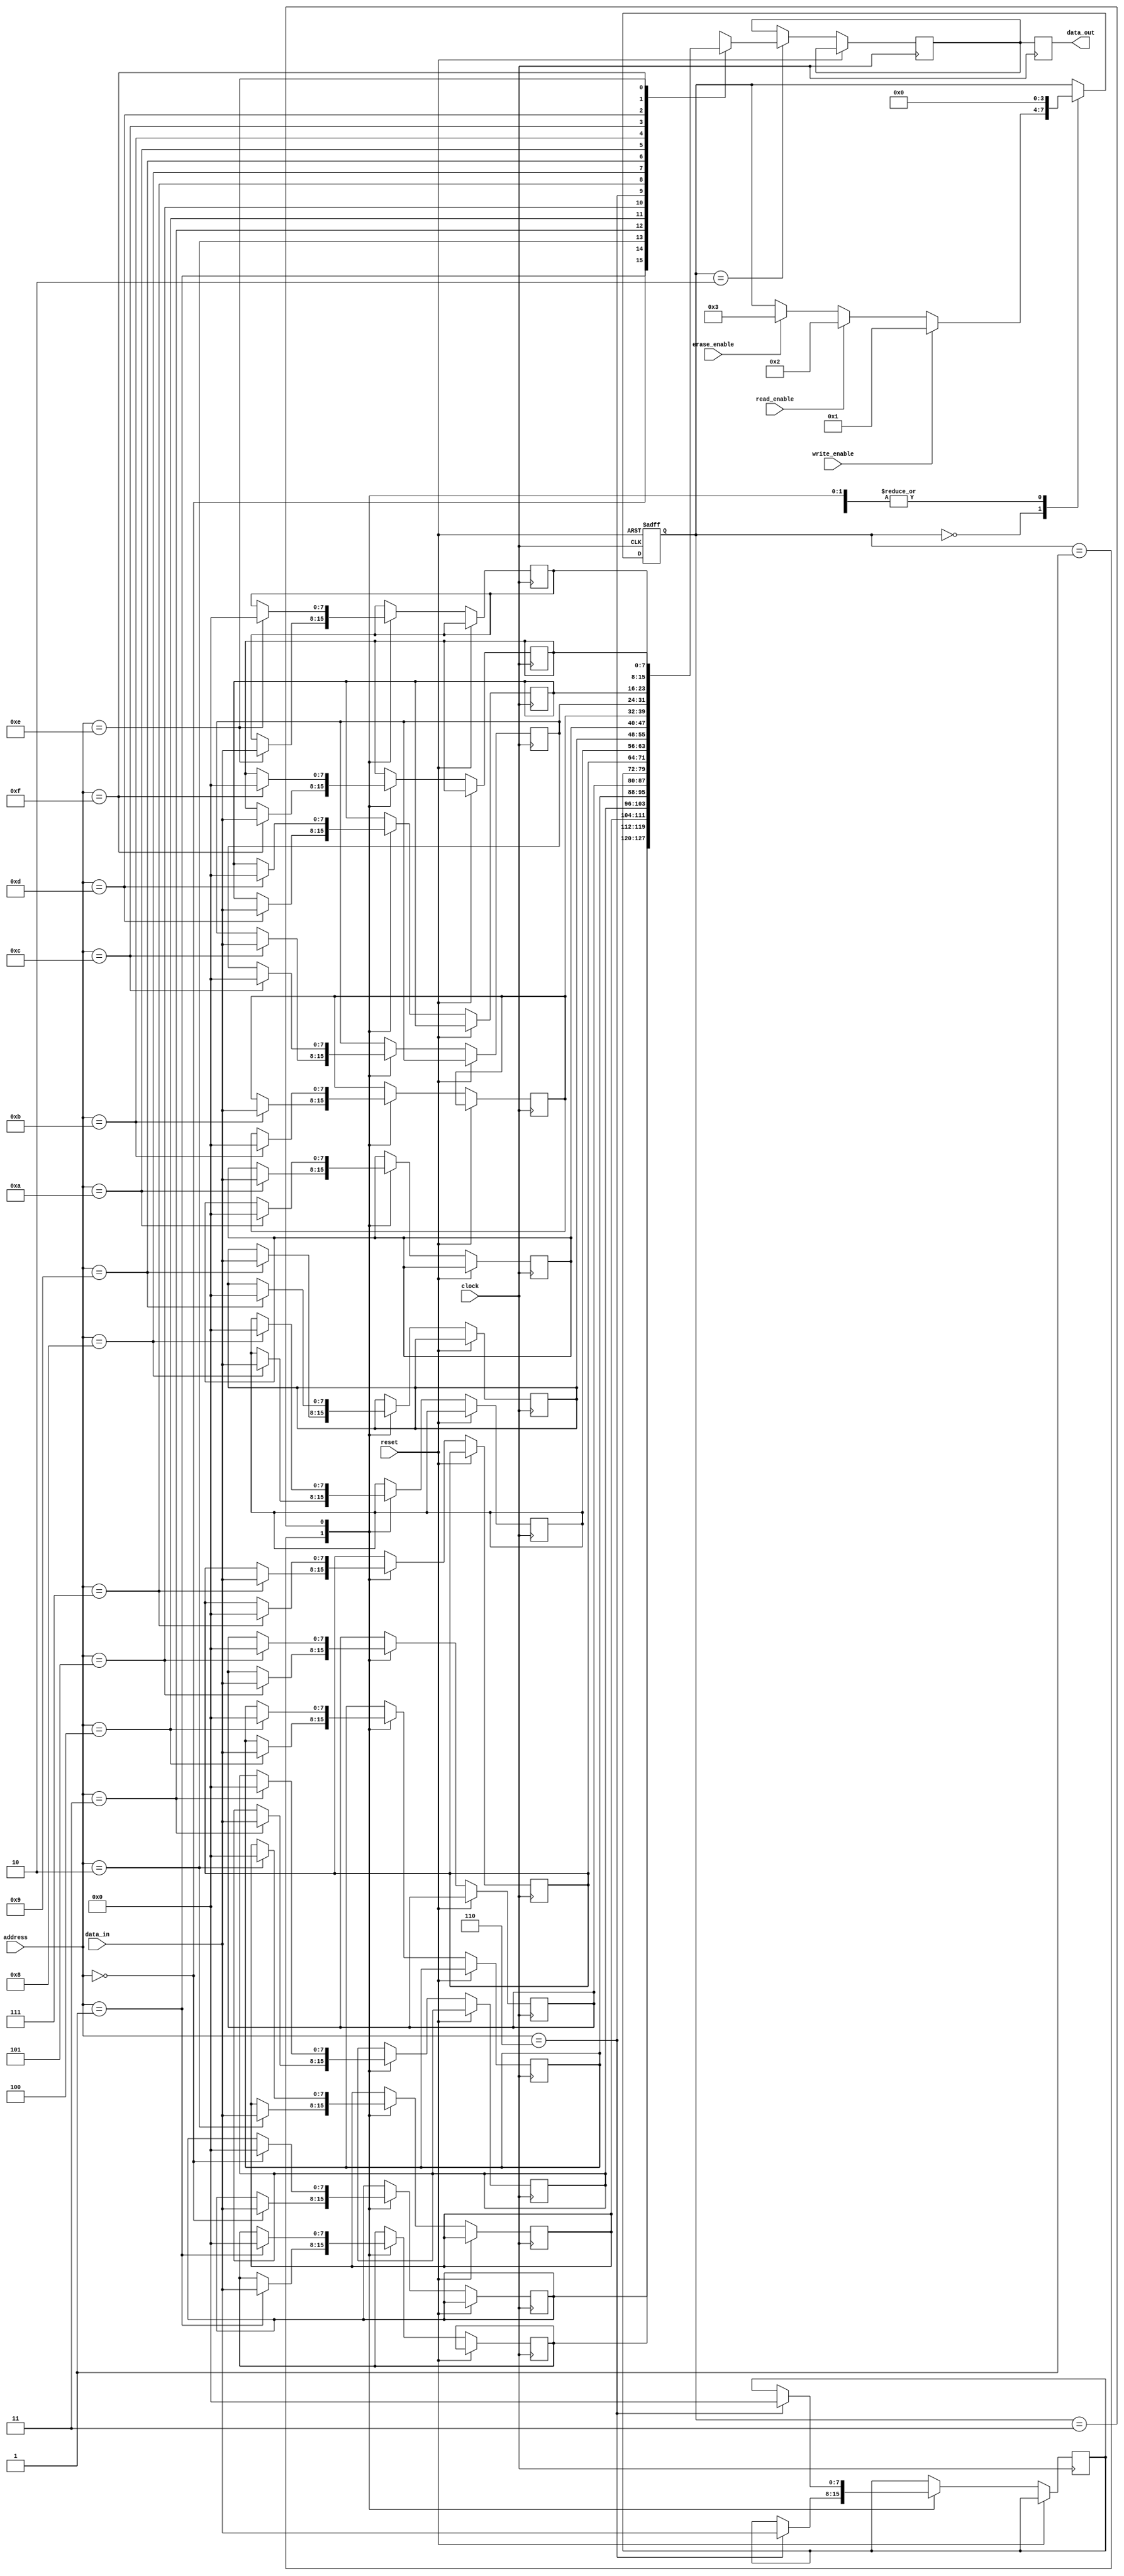
module EEPROM (
    input clock,
    input reset,
    input write_enable,
    input read_enable,
    input erase_enable,
    input [7:0] data_in,
    input [3:0] address,
    output reg [7:0] data_out
);

reg [7:0] memory [0:15];
reg [7:0] buffer;
reg [3:0] state;

always @ (posedge clock or posedge reset) begin
    if (reset) begin
        state <= 0;
    end else begin
        case (state)
            0: begin // Idle state
                if (write_enable) begin
                    state <= 1;
                end else if (read_enable) begin
                    state <= 2;
                end else if (erase_enable) begin
                    state <= 3;
                end
            end
            1: begin // Write state
                memory[address] <= data_in;
                state <= 0;
            end
            2: begin // Read state
                buffer <= memory[address];
                state <= 0;
            end
            3: begin // Erase state
                memory[address] <= 8'b00000000;
                state <= 0;
            end
        endcase
    end
end

always @ (posedge clock) begin
    data_out <= buffer;
end

endmodule